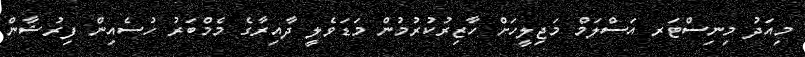
މިއަދު މިނިސްޓަރ އަސްލަމް މަޖިލީހަށް ހާޒިރުކުރުމުން މަޑަވެލީ ދާއިރާގެ މެމްބަރު ހުސެއިން ފިރުޝާން